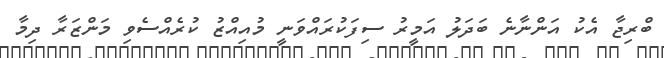
ބްރިޖާ އެކު އަންނާނެ ބަދަލު އަމީރު ސިފަކުރައްވަނީ މުއިއްޒު ކުރެއްސެވި މަންޒަރާ ދިމާ